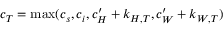
c _ { T } = \operatorname* { m a x } ( c _ { s } , c _ { i } , c _ { H } ^ { \prime } + k _ { H , T } , c _ { W } ^ { \prime } + k _ { W , T } )